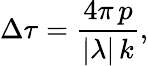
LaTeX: \Delta\tau=\frac{4\pi\, p}{|\lambda|\, k},